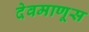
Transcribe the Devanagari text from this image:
देवमाणूस